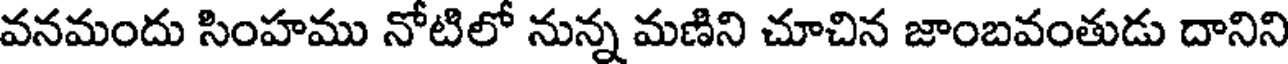
వనమందు సింహము నోటిలో నున్న మణిని చూచిన జాంబవంతుడు దానిని